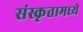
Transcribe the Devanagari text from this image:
संस्कृतामध्ये